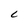
Character: C